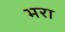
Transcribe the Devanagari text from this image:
भ्‍ारा